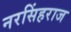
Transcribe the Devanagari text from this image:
नरसिंहराज